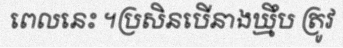
ពេលនេះ ។ប្រសិនបើនាងឃ្មឹប ត្រូវ